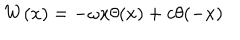
W ( x ) = - \omega x \theta ( x ) + c \theta ( - x )